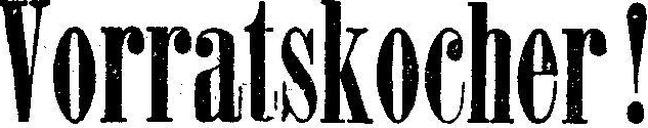
Vorratskocher!